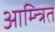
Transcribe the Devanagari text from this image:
आम्न्त्रित